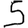
Digit: 5